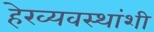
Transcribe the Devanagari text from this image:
हेरव्यवस्थांशी